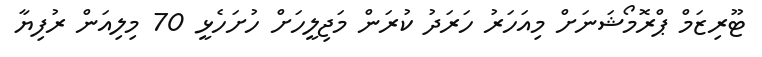
ޓޫރިޒަމް ޕްރޮމޯޝަނަށް މިއަހަރު ހަރަދު ކުރަން މަޖިލީހަށް ހުށަހެޅީ 70 މިލިއަން ރުފިޔާ